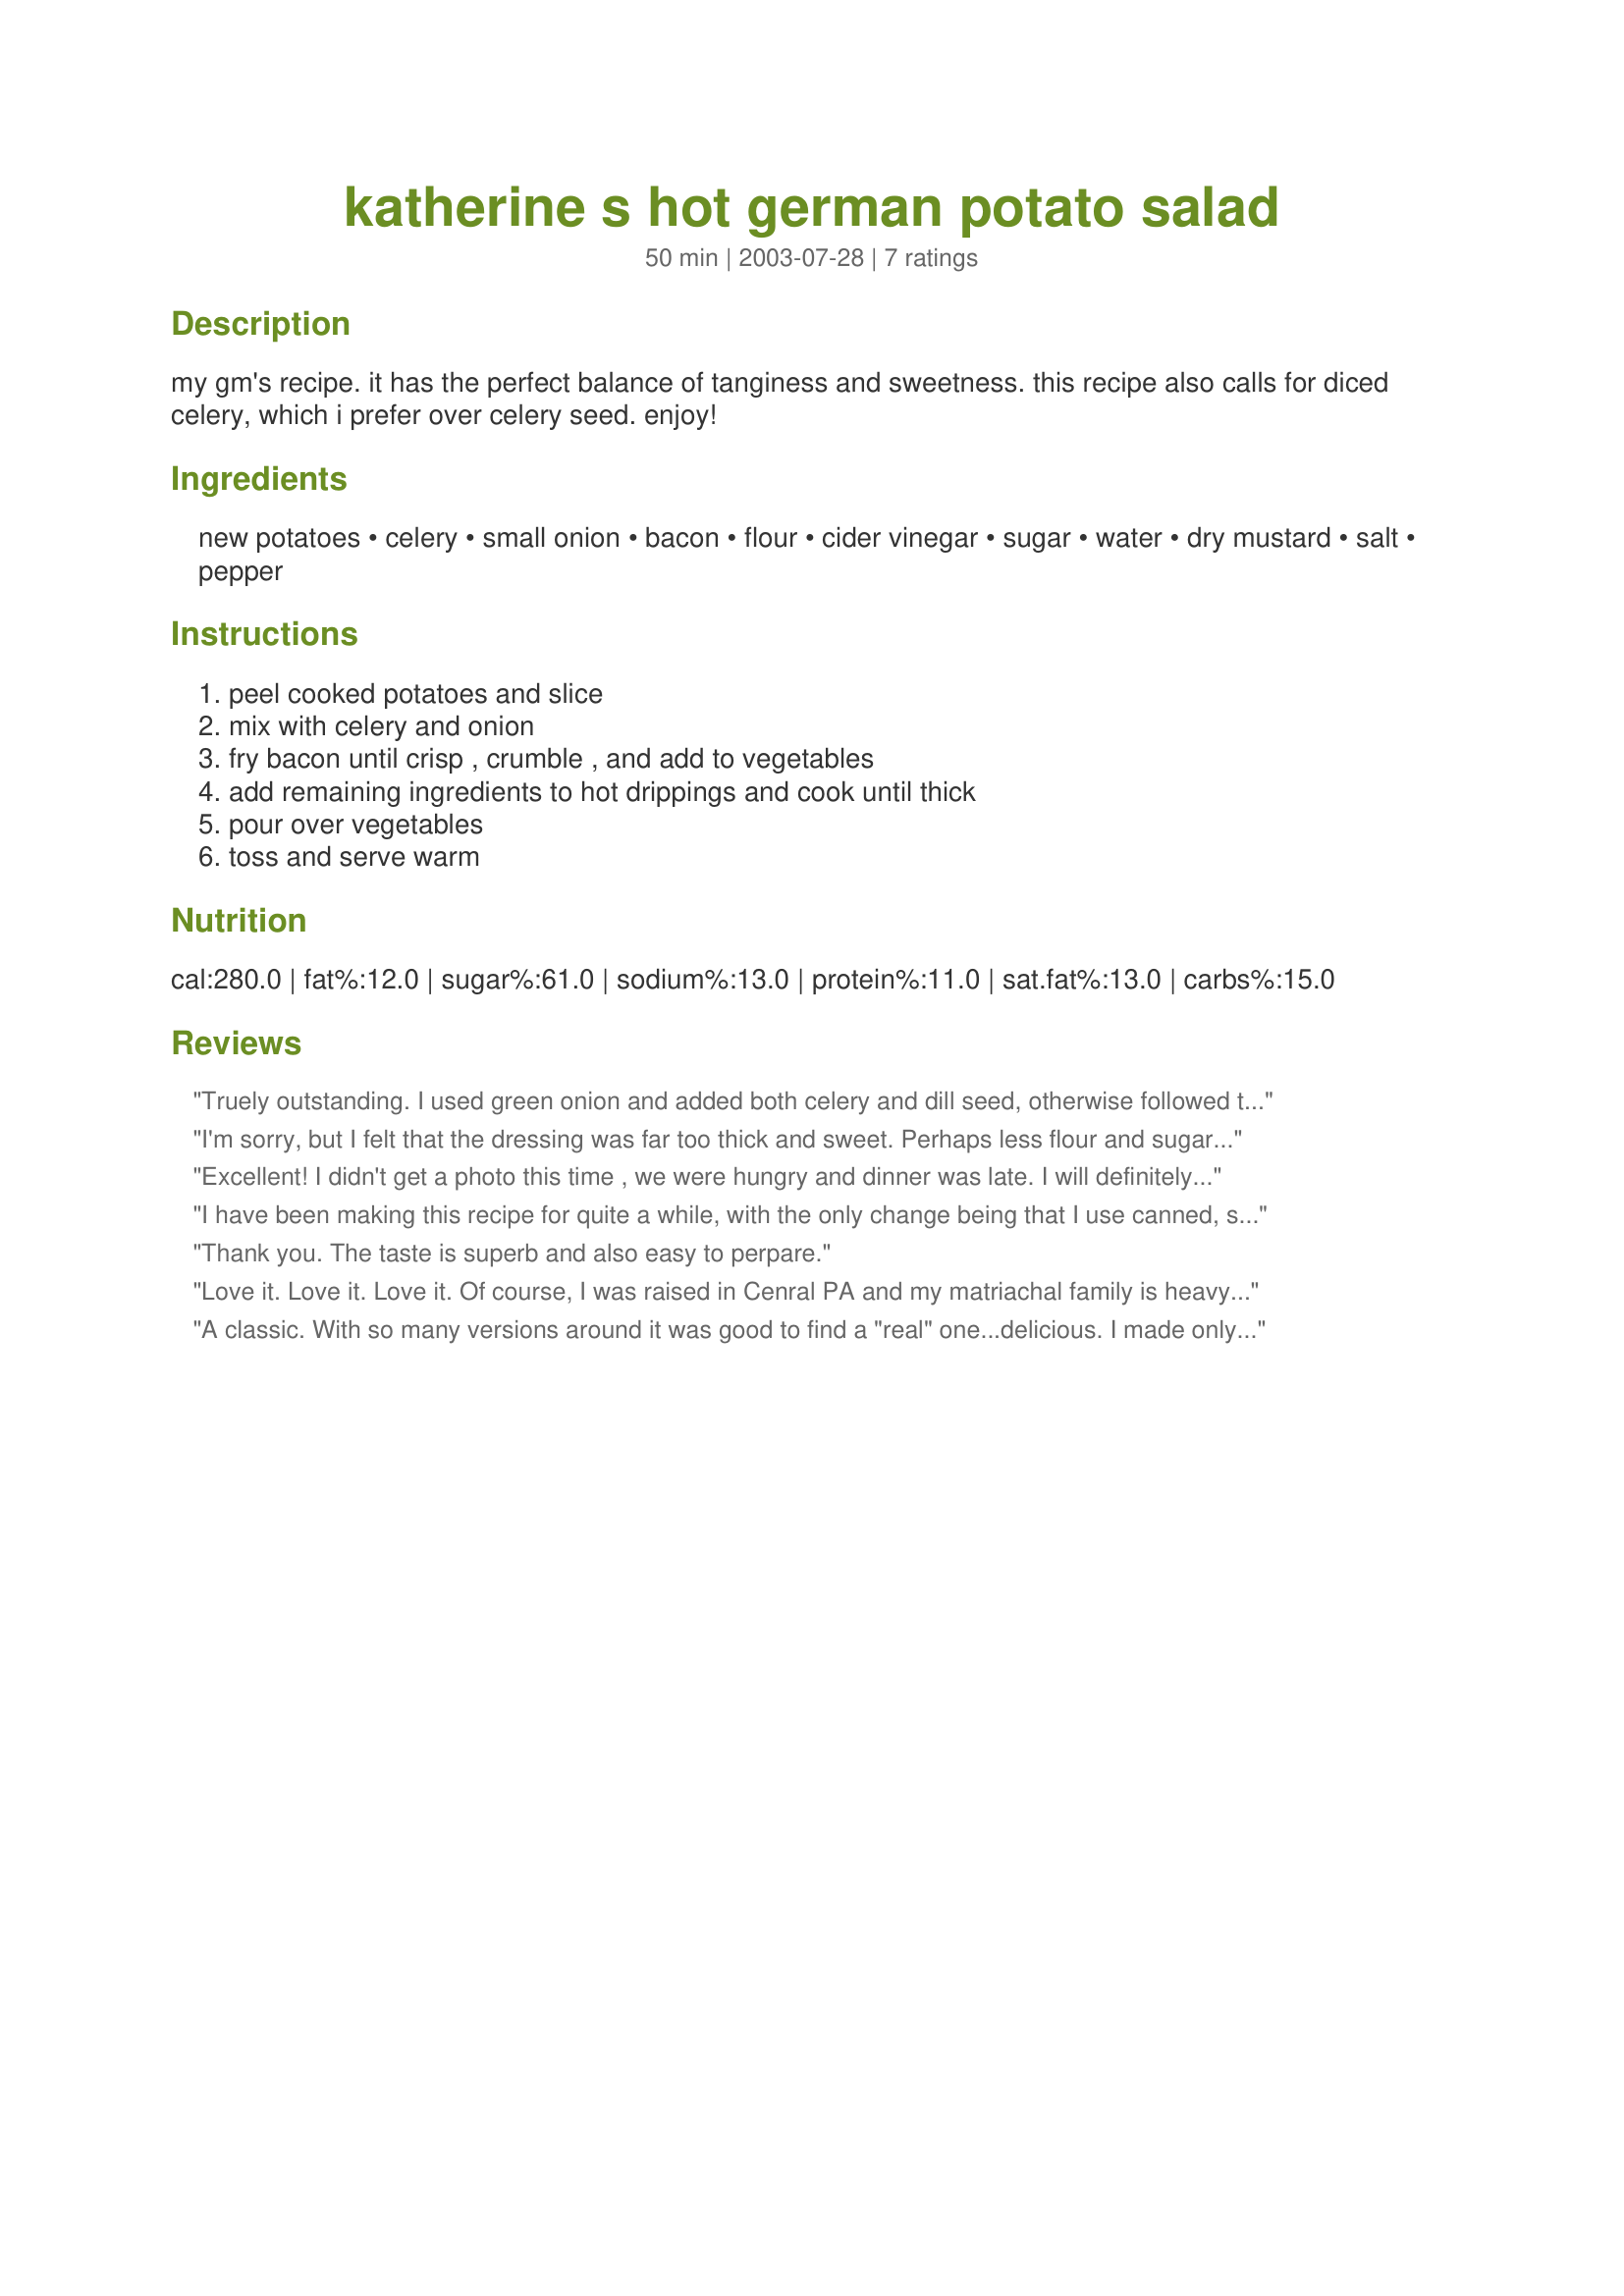
katherine s hot german potato salad
Preparation time: 50 minutes

my gm's recipe. it has the perfect balance of tanginess and sweetness. this recipe also calls for diced celery, which i prefer over celery seed. enjoy!

Ingredients:
new potatoes, celery, small onion, bacon, flour, cider vinegar, sugar, water, dry mustard, salt, pepper

Steps:
peel cooked potatoes and slice, mix with celery and onion, fry bacon until crisp , crumble , and add to vegetables, add remaining ingredients to hot drippings and cook until thick, pour over vegetables, toss and serve warm

Reviews:
Truely outstanding. I used green onion and added both celery and dill seed, otherwise followed the recipe exactly. Preparation was easy, but had to add a little more water to the dressing before adding to the potato vegetable mix. I will be using this as a baseline for German Potato Salad.
I'm sorry, but I felt that the dressing was far too thick and sweet. Perhaps less flour and sugar would help. I prefer a sauce that is more tangy and flavorful, so I added more vinegar and also a bit more salt. The flavors were very nice, but just too thick and sugary of a dressing.
Excellent! I didn't get a photo this time , we were hungry and dinner was late. I will definitely make this again and get a photo!

I love the addition of the diced celery in place of celery seed!

Very easy to put together and what a great side!

Thanks so much for posting!
I have been making this recipe for quite a while, with the only change being that I use canned, sliced potatoes. It is the best Hot German Potato Salad recipe I heve ever found and always gets many compliments and requests for my recipe. Thanks!
Thank you. The taste is superb and also easy to perpare.
Love it. Love it. Love it. Of course, I was raised in Cenral PA and my matriachal family is heavy on the Dutchie side.

I made half with celery seed for my vegie-phobic sweetie, and half with all the good vegie crunch for me. 

We gobbled it up.
A classic. With so many versions around it was good to find a "real" one...delicious.
I made only one change; malt vinegar instead of cider vinegar. Thank you.

Sorry I took so long to add the stars which are deserved. I forgot them when I reviewed this and only recently learned that I could change it.
